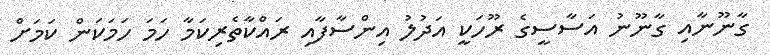
ގާނޫނާއި ގާނޫނު އަސާސީގެ ރޫހަކީ އަދުލު އިންސާފާއި ރައްކާތެރިކަމާ ހަމަ ހަމަކަން ކަމަށް